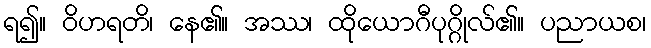
ရ၍။ ဝိဟရတိ၊ နေ၏။ အဿ၊ ထိုယောဂီပုဂ္ဂိုလ်၏။ ပညာယစ၊